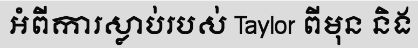
អំពីការស្លាប់របស់ Taylor ពីមុន និង